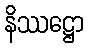
နိဿဋ္ဌော